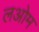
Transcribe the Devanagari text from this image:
लओम